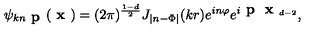
\psi _ { k n \textbf { p } } ( \textbf { x } ) = ( 2 \pi ) ^ { \frac { 1 - d } 2 } J _ { | n - \Phi | } ( k r ) e ^ { i n \varphi } e ^ { i \textbf { p } { \textbf { x } } _ { d - 2 } } ,